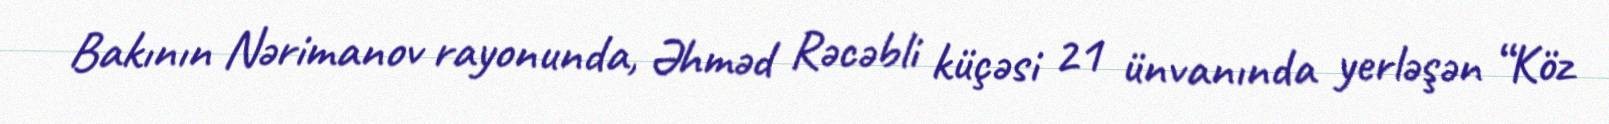
Bakının Nərimanov rayonunda, Əhməd Rəcəbli küçəsi 21 ünvanında yerləşən “Köz